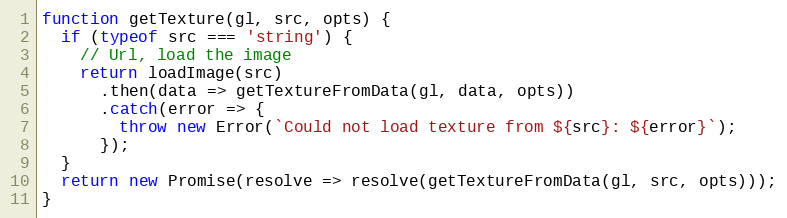
Language: JavaScript
function getTexture(gl, src, opts) {
  if (typeof src === 'string') {
    // Url, load the image
    return loadImage(src)
      .then(data => getTextureFromData(gl, data, opts))
      .catch(error => {
        throw new Error(`Could not load texture from ${src}: ${error}`);
      });
  }
  return new Promise(resolve => resolve(getTextureFromData(gl, src, opts)));
}